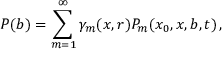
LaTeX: P ( b ) = \sum _ { m = 1 } ^ { \infty } \gamma _ { m } ( x , r ) P _ { m } ( x _ { 0 } , x , b , t ) \, ,